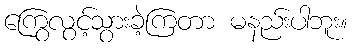
ကြွေလွင့်သွားခဲ့ကြတာ မနည်းပါဘူး။